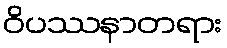
ဝိပဿနာတရား